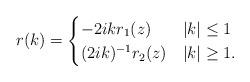
LaTeX: \begin{align*}r(k)=\begin{cases}-2ik r_1(z) & |k| \leq 1 \\(2ik)^{-1} r_2(z) & |k| \geq 1.\end{cases}\end{align*}